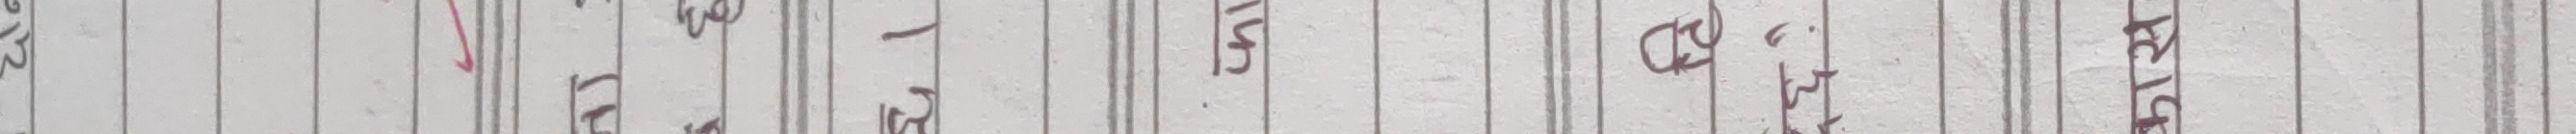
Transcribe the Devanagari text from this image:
परियोजना